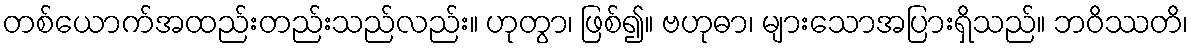
တစ်ယောက်အထည်းတည်းသည်လည်း။ ဟုတွာ၊ ဖြစ်၍။ ဗဟုဓာ၊ များသောအပြားရှိသည်။ ဘဝိဿတိ၊